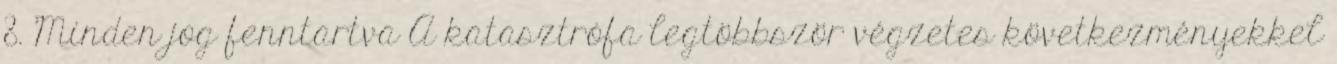
8. Minden jog fenntartva A katasztrófa legtöbbször végzetes következményekkel